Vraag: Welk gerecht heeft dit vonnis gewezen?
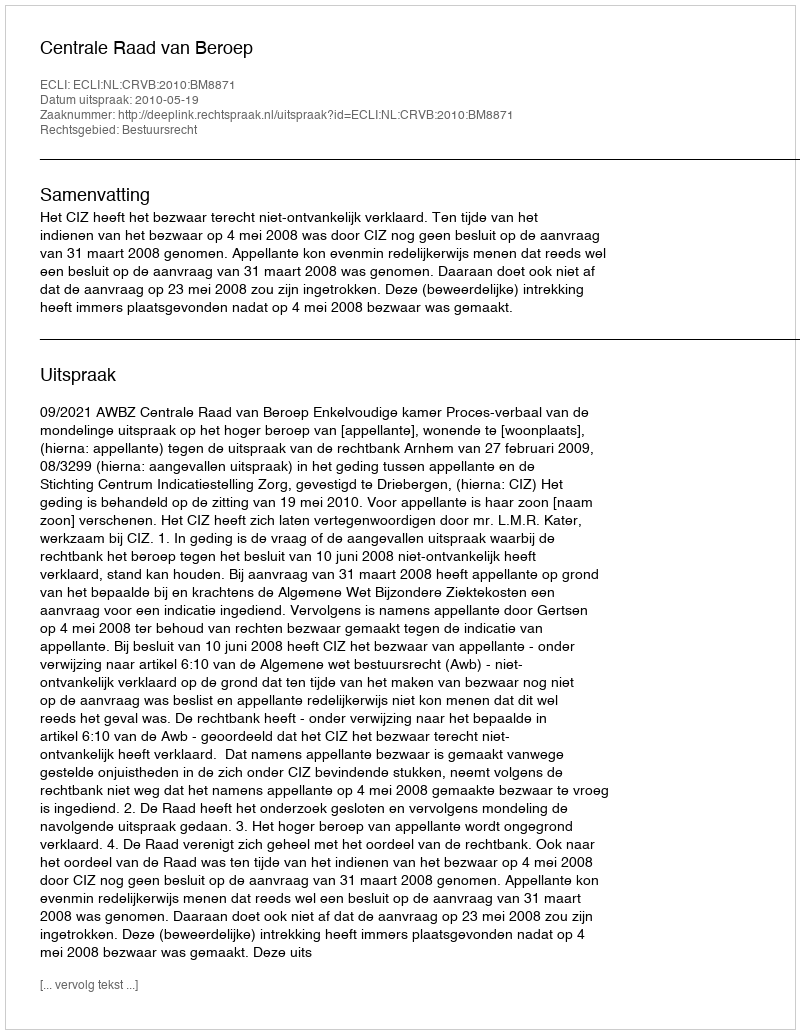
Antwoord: Centrale Raad van Beroep